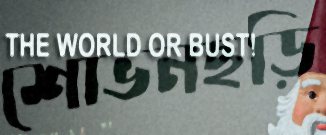
শোভনছড়ি